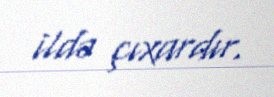
ildə çıxardır.